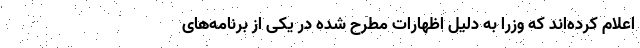
اعلام کرده‌اند که وزرا به دلیل اظهارات مطرح شده در یکی از برنامه‌های